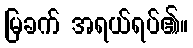
မြခက် အရယ်ရပ်၏။